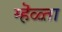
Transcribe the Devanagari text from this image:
म्हॆळ्ता